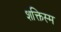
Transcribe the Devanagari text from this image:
शक्तिस्म